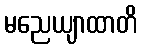
မညေယျာထာတိ